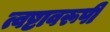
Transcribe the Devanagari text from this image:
त्वष्टावरूपी